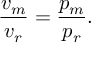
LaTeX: { \frac { v _ { m } } { v _ { r } } } = { \frac { p _ { m } } { p _ { r } } } .